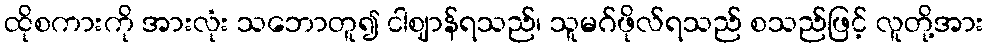
ထိုစကားကို အားလုံး သဘောတူ၍ ငါဈာန်ရသည်၊ သူမဂ်ဖိုလ်ရသည် စသည်ဖြင့် လူတို့အား